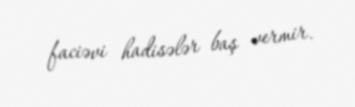
faciəvi hadisələr baş vermir.